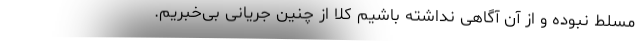
مسلط نبوده و از آن آگاهی نداشته باشیم کلا از چنین جریانی بی‌خبریم.